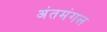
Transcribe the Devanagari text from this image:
अंतमंगल